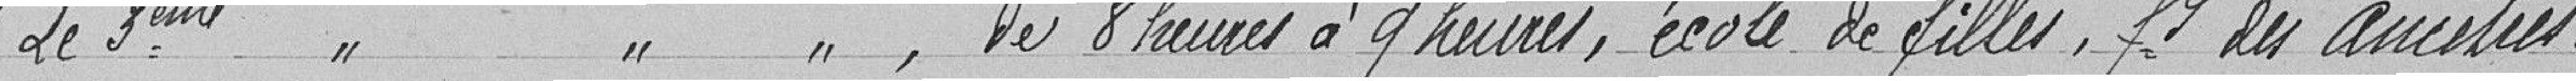
"Le deuxième " " " , de 8 heures à 9 heures, école de filles, 55 faubourg des Ancêtres